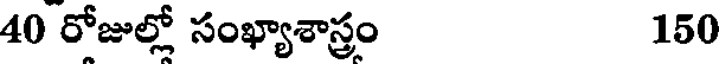
40 రోజుల్లో సంఖ్యాశాస్త్రం 150